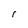
Character: r